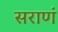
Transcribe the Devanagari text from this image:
सराणं